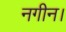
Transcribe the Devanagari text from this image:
नगीन।